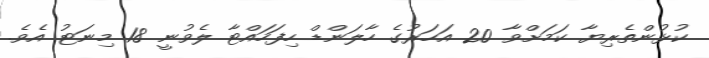
ކުޅުންތެރިޔާ ކަމަށްވާ 20 އަހަރުގެ ހާލަންޑް ހިފަހައްޓާ ލެވުނީ 18 މިނަޓު އެވެ.